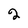
Character: 2